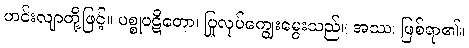
ဟင်းလျာတို့ဖြင့်။ ပစ္စုပဋိတော၊ ပြုလုပ်ကျွေးမွေးသည်။ အဿ၊ ဖြစ်ရာ၏။